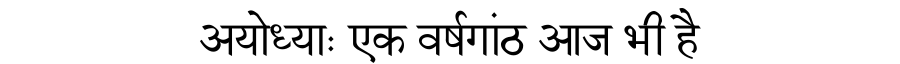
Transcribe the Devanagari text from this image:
अयोध्याः एक वर्षगांठ आज भी है